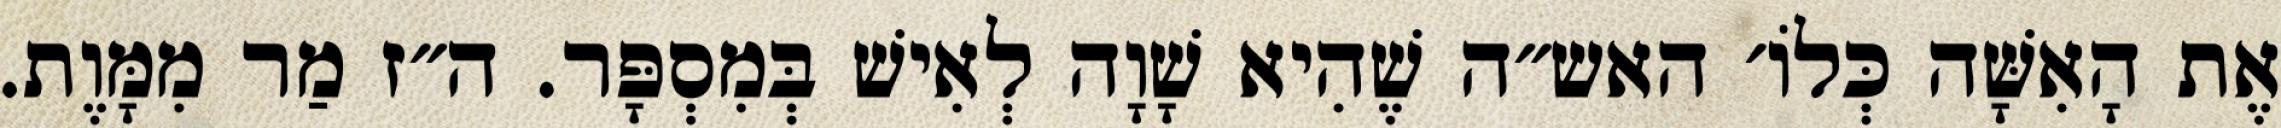
אֶת הָאִשָּׁה כְּלוֹ׳ האש״ה שֶׁהִיא שָׁוָה לְאִישׁ בְּמִסְפָּר. ה״ז מַר מִמָּוֶת.